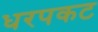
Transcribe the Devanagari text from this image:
धरपकट